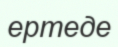
ертеде